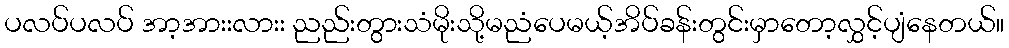
ပလပ်ပလပ် အာ့အားးလားး ညည်းတွားသံမိုးသို့မညံပေမယ့်အိပ်ခန်းတွင်းမှာတော့လွှင့်ပျံနေတယ်။